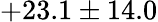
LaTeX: +23.1\pm 14.0